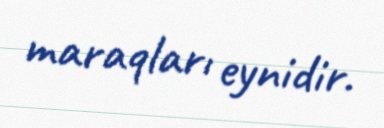
maraqları eynidir.